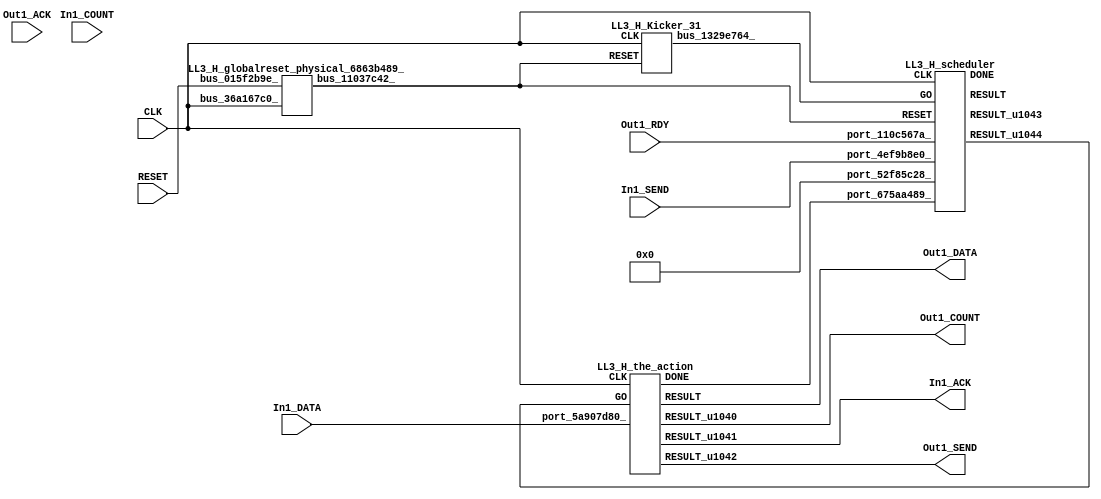
// __  ___ __ ___  _ __   ___  ___ 
// \ \/ / '__/ _ \| '_ \ / _ \/ __|
//  >  <| | | (_) | | | | (_) \__ \
// /_/\_\_|  \___/|_| |_|\___/|___/
// 
// Xronos synthesizer version
// Run date: Thu 2 Nov 2017 13:58:38 +0000
// 

module LL3_H(Out1_ACK, Out1_RDY, CLK, RESET, In1_DATA, Out1_SEND, In1_SEND, In1_COUNT, Out1_DATA, Out1_COUNT, In1_ACK);
input		Out1_ACK;
input		Out1_RDY;
input		CLK;
input		RESET;
input	[15:0]	In1_DATA;
output		Out1_SEND;
wire		the_action_done;
input		In1_SEND;
input	[15:0]	In1_COUNT;
output	[15:0]	Out1_DATA;
output	[15:0]	Out1_COUNT;
output		In1_ACK;
wire		the_action_go;
wire		bus_11037c42_;
wire	[31:0]	bus_39371cca_;
wire	[15:0]	the_action;
wire		the_action_u55;
wire		the_action_u56;
wire		LL3_H_the_action_instance_DONE;
wire	[15:0]	the_action_u54;
wire		bus_66dc6749_;
wire		LL3_H_scheduler_instance_DONE;
wire		scheduler;
wire	[31:0]	scheduler_u155;
wire		scheduler_u156;
wire		bus_1329e764_;
assign Out1_SEND=the_action_u56;
assign the_action_done=bus_66dc6749_;
assign Out1_DATA=the_action;
assign Out1_COUNT=the_action_u54;
assign In1_ACK=the_action_u55;
assign the_action_go=scheduler_u156;
LL3_H_globalreset_physical_6863b489_ LL3_H_globalreset_physical_6863b489__1(.bus_36a167c0_(CLK), 
  .bus_015f2b9e_(RESET), .bus_11037c42_(bus_11037c42_));
LL3_H_stateVar_fsmState_LL3_H LL3_H_stateVar_fsmState_LL3_H_1(.bus_19a927da_(CLK), 
  .bus_7aa1015a_(bus_11037c42_), .bus_62696fab_(scheduler), .bus_40777f15_(32'h0), 
  .bus_39371cca_(bus_39371cca_));
LL3_H_the_action LL3_H_the_action_instance(.CLK(CLK), .GO(the_action_go), .port_5a907d80_(In1_DATA), 
  .DONE(LL3_H_the_action_instance_DONE), .RESULT(the_action), .RESULT_u1040(the_action_u54), 
  .RESULT_u1041(the_action_u55), .RESULT_u1042(the_action_u56));
assign bus_66dc6749_=LL3_H_the_action_instance_DONE&{1{LL3_H_the_action_instance_DONE}};
LL3_H_scheduler LL3_H_scheduler_instance(.CLK(CLK), .RESET(bus_11037c42_), .GO(bus_1329e764_), 
  .port_52f85c28_(32'h0), .port_110c567a_(Out1_RDY), .port_675aa489_(the_action_done), 
  .port_4ef9b8e0_(In1_SEND), .DONE(LL3_H_scheduler_instance_DONE), .RESULT(scheduler), 
  .RESULT_u1043(scheduler_u155), .RESULT_u1044(scheduler_u156));
LL3_H_Kicker_31 LL3_H_Kicker_31_1(.CLK(CLK), .RESET(bus_11037c42_), .bus_1329e764_(bus_1329e764_));
endmodule



module LL3_H_globalreset_physical_6863b489_(bus_36a167c0_, bus_015f2b9e_, bus_11037c42_);
input		bus_36a167c0_;
input		bus_015f2b9e_;
output		bus_11037c42_;
reg		sample_u27=1'h0;
wire		not_55941571_u0;
reg		cross_u27=1'h0;
reg		glitch_u27=1'h0;
wire		and_07bd1161_u0;
reg		final_u27=1'h1;
wire		or_436a06f5_u0;
always @(posedge bus_36a167c0_)
begin
sample_u27<=1'h1;
end
assign not_55941571_u0=~and_07bd1161_u0;
assign bus_11037c42_=or_436a06f5_u0;
always @(posedge bus_36a167c0_)
begin
cross_u27<=sample_u27;
end
always @(posedge bus_36a167c0_)
begin
glitch_u27<=cross_u27;
end
assign and_07bd1161_u0=cross_u27&glitch_u27;
always @(posedge bus_36a167c0_)
begin
final_u27<=not_55941571_u0;
end
assign or_436a06f5_u0=bus_015f2b9e_|final_u27;
endmodule



module LL3_H_endianswapper_6bcb5f1c_(endianswapper_6bcb5f1c_in, endianswapper_6bcb5f1c_out);
input	[31:0]	endianswapper_6bcb5f1c_in;
output	[31:0]	endianswapper_6bcb5f1c_out;
assign endianswapper_6bcb5f1c_out=32'h0;
endmodule



module LL3_H_endianswapper_27494410_(endianswapper_27494410_in, endianswapper_27494410_out);
input	[31:0]	endianswapper_27494410_in;
output	[31:0]	endianswapper_27494410_out;
assign endianswapper_27494410_out=32'h0;
endmodule



module LL3_H_stateVar_fsmState_LL3_H(bus_19a927da_, bus_7aa1015a_, bus_62696fab_, bus_40777f15_, bus_39371cca_);
input		bus_19a927da_;
input		bus_7aa1015a_;
input		bus_62696fab_;
input	[31:0]	bus_40777f15_;
output	[31:0]	bus_39371cca_;
wire	[31:0]	endianswapper_6bcb5f1c_out;
wire	[31:0]	endianswapper_27494410_out;
LL3_H_endianswapper_6bcb5f1c_ LL3_H_endianswapper_6bcb5f1c__1(.endianswapper_6bcb5f1c_in(32'h0), 
  .endianswapper_6bcb5f1c_out(endianswapper_6bcb5f1c_out));
LL3_H_endianswapper_27494410_ LL3_H_endianswapper_27494410__1(.endianswapper_27494410_in(32'h0), 
  .endianswapper_27494410_out(endianswapper_27494410_out));
assign bus_39371cca_=32'h0;
endmodule



module LL3_H_the_action(CLK, GO, port_5a907d80_, RESULT, RESULT_u1040, RESULT_u1041, RESULT_u1042, DONE);
input		CLK;
input		GO;
input	[15:0]	port_5a907d80_;
output	[15:0]	RESULT;
output	[15:0]	RESULT_u1040;
output		RESULT_u1041;
output		RESULT_u1042;
output		DONE;
wire		simplePinWrite;
wire		simplePinWrite_u293;
wire	[15:0]	simplePinWrite_u294;
wire	[15:0]	simplePinWrite_u295;
assign simplePinWrite=GO&{1{GO}};
assign simplePinWrite_u293=GO&{1{GO}};
assign simplePinWrite_u294=16'h1&{16{1'h1}};
assign simplePinWrite_u295=port_5a907d80_;
assign RESULT=simplePinWrite_u295;
assign RESULT_u1040=simplePinWrite_u294;
assign RESULT_u1041=simplePinWrite;
assign RESULT_u1042=simplePinWrite_u293;
assign DONE=GO;
endmodule



module LL3_H_scheduler(CLK, RESET, GO, port_52f85c28_, port_110c567a_, port_675aa489_, port_4ef9b8e0_, RESULT, RESULT_u1043, RESULT_u1044, DONE);
input		CLK;
input		RESET;
input		GO;
input	[31:0]	port_52f85c28_;
input		port_110c567a_;
input		port_675aa489_;
input		port_4ef9b8e0_;
output		RESULT;
output	[31:0]	RESULT_u1043;
output		RESULT_u1044;
output		DONE;
reg		reg_7375b9d5_u0=1'h0;
wire signed	[31:0]	equals_b_signed;
wire signed	[31:0]	equals_a_signed;
wire		equals;
wire		not_u327_u0;
wire		and_u1688_u0;
wire		and_u1689_u0;
wire		and_u1690_u0;
wire		and_u1691_u0;
wire		not_u328_u0;
wire		and_u1692_u0;
wire		not_u329_u0;
wire		and_u1693_u0;
wire		simplePinWrite;
wire		and_u1694_u0;
wire		and_u1695_u0;
wire		and_u1696_u0;
wire		and_u1697_u0;
wire		or_u467_u0;
wire		or_u468_u0;
reg		reg_687a7ea8_u0=1'h0;
reg		reg_687a7ea8_result_delayed_u0=1'h0;
always @(posedge CLK or posedge RESET)
begin
if (RESET)
reg_7375b9d5_u0<=1'h0;
else reg_7375b9d5_u0<=and_u1697_u0;
end
assign equals_a_signed=32'h0;
assign equals_b_signed=32'h0;
assign equals=equals_a_signed==equals_b_signed;
assign not_u327_u0=~equals;
assign and_u1688_u0=and_u1697_u0&equals;
assign and_u1689_u0=and_u1697_u0&not_u327_u0;
assign and_u1690_u0=and_u1696_u0&port_4ef9b8e0_;
assign and_u1691_u0=and_u1696_u0&not_u328_u0;
assign not_u328_u0=~port_4ef9b8e0_;
assign and_u1692_u0=and_u1695_u0&port_110c567a_;
assign not_u329_u0=~port_110c567a_;
assign and_u1693_u0=and_u1695_u0&not_u329_u0;
assign simplePinWrite=and_u1694_u0&{1{and_u1694_u0}};
assign and_u1694_u0=and_u1692_u0&and_u1695_u0;
assign and_u1695_u0=and_u1690_u0&and_u1696_u0;
assign and_u1696_u0=and_u1688_u0&and_u1697_u0;
assign and_u1697_u0=or_u467_u0&or_u467_u0;
assign or_u467_u0=reg_687a7ea8_result_delayed_u0|reg_7375b9d5_u0;
assign or_u468_u0=GO|and_u1694_u0;
always @(posedge CLK or posedge RESET)
begin
if (RESET)
reg_687a7ea8_u0<=1'h0;
else reg_687a7ea8_u0<=GO;
end
always @(posedge CLK or posedge RESET)
begin
if (RESET)
reg_687a7ea8_result_delayed_u0<=1'h0;
else reg_687a7ea8_result_delayed_u0<=reg_687a7ea8_u0;
end
assign RESULT=or_u468_u0;
assign RESULT_u1043=32'h0;
assign RESULT_u1044=simplePinWrite;
assign DONE=1'h0;
endmodule



module LL3_H_Kicker_31(CLK, RESET, bus_1329e764_);
input		CLK;
input		RESET;
output		bus_1329e764_;
wire		bus_33460fae_;
reg		kicker_2=1'h0;
reg		kicker_1=1'h0;
wire		bus_3cf02b69_;
wire		bus_34417609_;
wire		bus_06699283_;
reg		kicker_res=1'h0;
assign bus_33460fae_=bus_06699283_&kicker_1;
always @(posedge CLK)
begin
kicker_2<=bus_33460fae_;
end
always @(posedge CLK)
begin
kicker_1<=bus_06699283_;
end
assign bus_3cf02b69_=kicker_1&bus_06699283_&bus_34417609_;
assign bus_34417609_=~kicker_2;
assign bus_06699283_=~RESET;
always @(posedge CLK)
begin
kicker_res<=bus_3cf02b69_;
end
assign bus_1329e764_=kicker_res;
endmodule